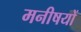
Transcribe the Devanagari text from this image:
मनीषयों